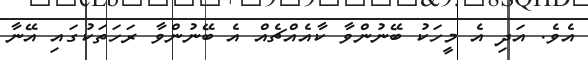
އެވެ. އަދި އެ މީހަކު ބޭނުންވާ ކާއެއްޗެއް އެ ބޭނުންވާ ރަހަތަކުގައި އޭނާ